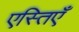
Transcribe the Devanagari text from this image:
एस्तिएँ